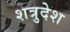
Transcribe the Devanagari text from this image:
शत्रुदेश